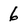
Character: 6